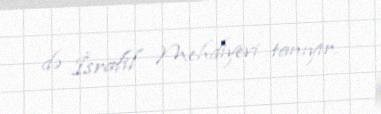
də İsrafil Mehdiyevi tanıyır.